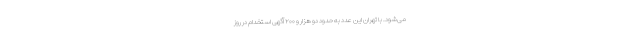
می‌شود. با تهران این عدد به حدود دو هزار و ۲۰۰ آگهی استخدام در روز